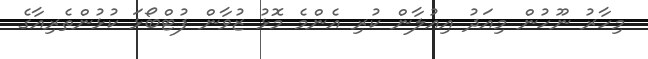
މިހާރު ނޫހުން މިއަދު އިއުލާން ކުރި އެންމެ މޮޅު ޒުވާން ފުޓްބޯޅަ ކުޅުންތެރިއާގެ